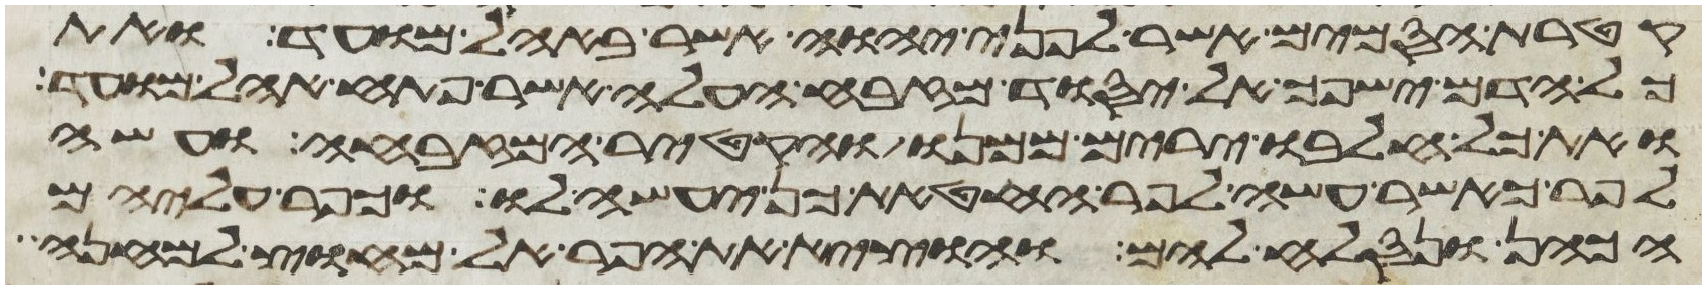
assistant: קטרת הסמים אשר לפני יהוה אשר באהל מועד ואת
כל הדם ישפך אל יסוד מזבח העלה אשר פתח אהל מועד
ואת כל חלבו ירים ממנו והקטיר המזבחה ועשה
לפר כאשר עשה לפר החטאת כן יעשה לו וכפר עליהם
הכהן ונסלח להם והוציא את הפר אל מחוץ למחנה